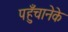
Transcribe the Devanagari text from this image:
पहुँचानेके